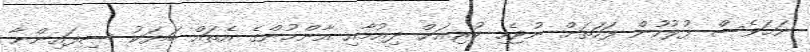
ނަމަވެސް ފުލުހުން ފަހަތަށް ނުޖެހި ކުރިއަށް ދިއުމާއި އާންމުންގެ އެތައް ބަޔަކު ސިފައިންނާ